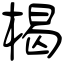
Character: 楬